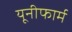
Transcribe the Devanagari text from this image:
यूनीफार्म